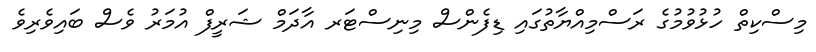
މިސްކިތް ހުޅުވުމުގެ ރަސްމިއްޔާތުގައި ޑިފެންސް މިނިސްޓަރ އާދަމް ޝަރީފް އުމަރު ވެސް ބައިވެރިވެ